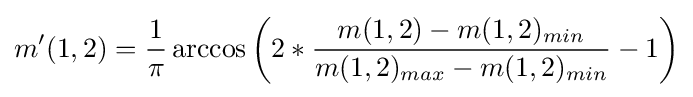
m'(1,2)={\frac {1}{\pi }}\arccos \left(2*{\frac {m(1,2)-m(1,2)_{min}}{m(1,2)_{max}-m(1,2)_{min}}}-1\right)